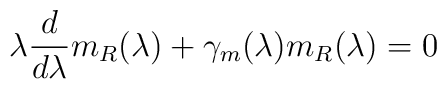
\lambda \frac d{d\lambda }m_R(\lambda )+\gamma _m(\lambda )m_R(\lambda )=0